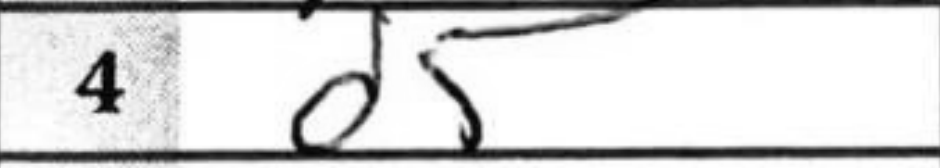
Transcription: d5